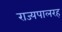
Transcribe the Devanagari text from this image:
राज्यपालरह